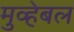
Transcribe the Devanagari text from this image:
मुव्हेबल